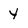
Character: y